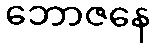
ဘောဇနေ